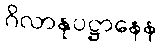
ဂိလာနုပဋ္ဌာနေန